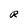
Character: R